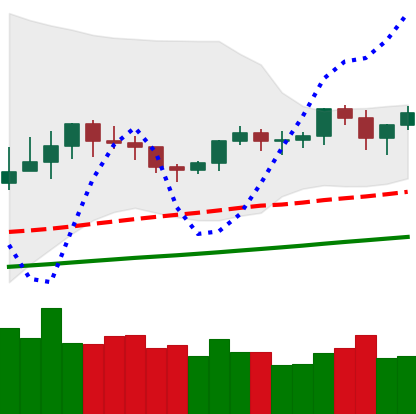
Ticker: XMR-USD
Chart end date: 2021-03-17
Forward return: -6.878%
Label: down_5_7